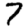
Digit: 7